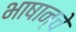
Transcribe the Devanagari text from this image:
भाषान्चे